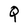
Character: Q